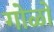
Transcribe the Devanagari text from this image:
गोळो